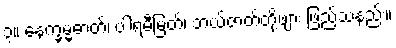
၃။ နေက္ခမ္မဓာတ်၊ ပါရမီမြတ်၊ ဘယ်ဇာတ်တို့ဖျား ဖြည့်သနည်း။